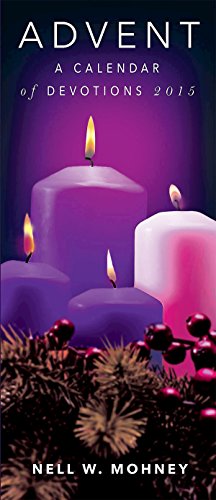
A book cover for Advent: A Calendar of Devotions 2015 (Package of 10); Nell W. Mohney; Christian Books & Bibles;